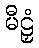
မီဠှံ